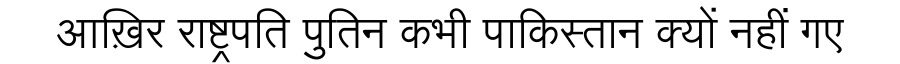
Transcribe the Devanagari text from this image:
आख़िर राष्ट्रपति पुतिन कभी पाकिस्तान क्यों नहीं गए